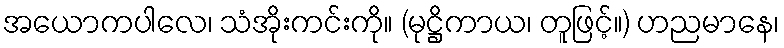
အယောကပါလေ၊ သံအိုးကင်းကို။ (မုဋ္ဌိကာယ၊ တူဖြင့်။) ဟညမာနေ၊